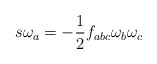
\begin{align*}s\omega_{a} = -\frac{1}{2} f_{abc}\omega_{b} \omega_{c}\end{align*}